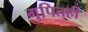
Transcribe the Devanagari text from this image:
गुपितही